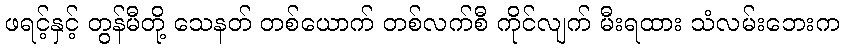
ဖရင့်နှင့် တွန်မီတို့ သေနတ် တစ်ယောက် တစ်လက်စီ ကိုင်လျက် မီးရထား သံလမ်းဘေးက